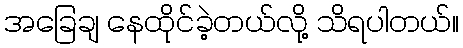
အခြေချ နေထိုင်ခဲ့တယ်လို့ သိရပါတယ်။